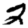
Digit: 2